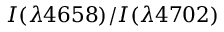
I ( \lambda 4 6 5 8 ) / I ( \lambda 4 7 0 2 )